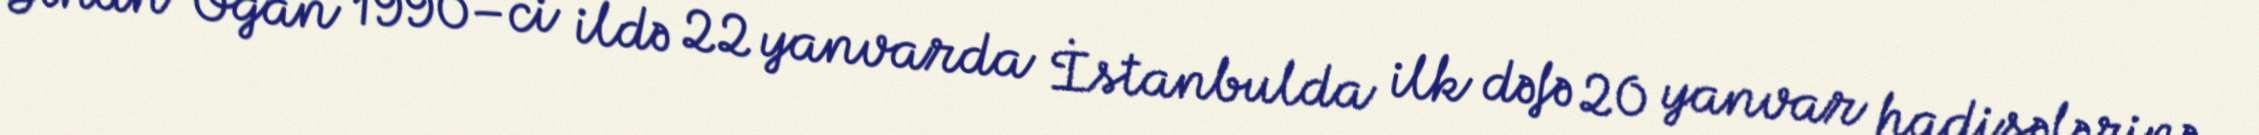
Sinan Oğan 1990–ci ildə 22 yanvarda İstanbulda ilk dəfə 20 yanvar hadisələrinə